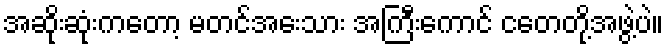
အဆိုးဆုံးကတော့ မတင်အေးသား အကြီးကောင် ငတေတို့အဖွဲ့ပဲ။